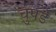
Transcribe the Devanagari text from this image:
चुपडे